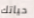
حياتك